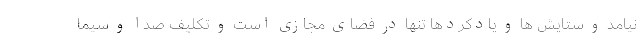
نیامد و ستایش ها و یادکردها تنها در فضای مجازی است و تکلیف صدا و سیما